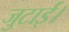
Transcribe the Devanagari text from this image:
जुटाईं।